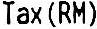
TAX(RM)